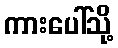
ကားပေါ်သို့